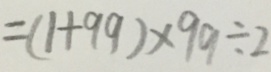
= ( 1 + 9 9 ) \times 9 9 \div 2